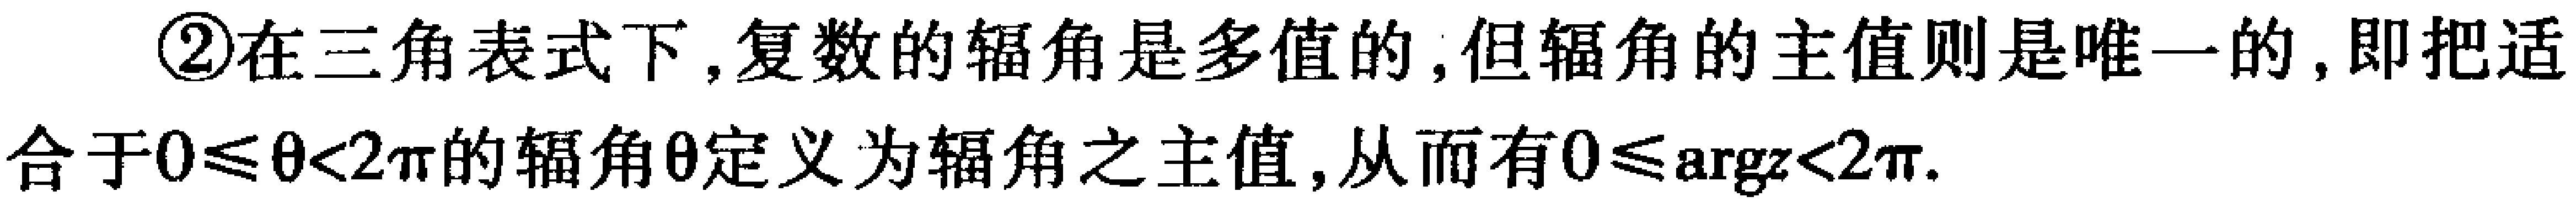
\textcircled{2}在三角表式下,复数的辐角是多值的,但辐角的主值则是唯一的,即把适合于\(0\leqslant\theta<2\pi\)的辐角\(\theta\)定义为辐角之主值,从而有\(0\leqslant\mathrm{arg}z<2\pi\).